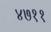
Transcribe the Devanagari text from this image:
४७११